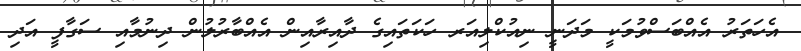
އެހަތަރު އެއްބަސްވުމަކީ މަދަނީ ނިއުކްލިއަރ ހަކަތައިގެ ދާއިރާއިން އެއްބާރުލުން ދިނުމާއި ސަގާފީ އަދި